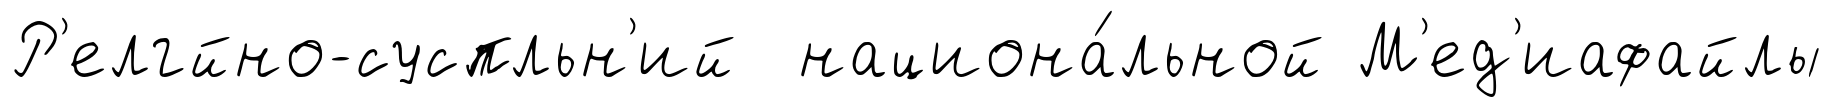
Р'елгйно-суспльн'ий национа́льной М'ед'иафайлы